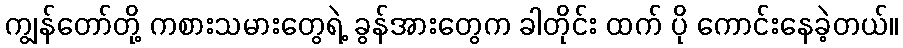
ကျွန်တော်တို့ ကစားသမားတွေရဲ့ ခွန်အားတွေက ခါတိုင်း ထက် ပို ကောင်းနေခဲ့တယ်။